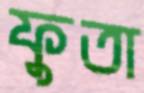
ফুতা